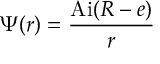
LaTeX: \Psi ( r ) = { \frac { \mathrm { A i } ( R - e ) } { r } }